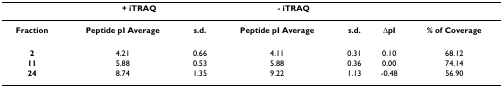
<table><thead><tr><td></td><td colspan="2"><b>+ iTRAQ</b></td><td colspan="2"><b>- iTRAQ</b></td><td></td><td></td></tr></thead><tbody><tr><td><b>Fraction</b></td><td><b>Peptide pI Average</b></td><td><b>s.d.</b></td><td><b>Peptide pI Average</b></td><td><b>s.d.</b></td><td><b>ΔpI</b></td><td><b>% of Coverage</b></td></tr><tr><td><b>2</b></td><td>4.21</td><td>0.66</td><td>4.11</td><td>0.31</td><td>0.10</td><td>68.12</td></tr><tr><td><b>11</b></td><td>5.88</td><td>0.53</td><td>5.88</td><td>0.36</td><td>0.00</td><td>74.14</td></tr><tr><td><b>24</b></td><td>8.74</td><td>1.35</td><td>9.22</td><td>1.13</td><td>-0.48</td><td>56.90</td></tr></tbody></table>